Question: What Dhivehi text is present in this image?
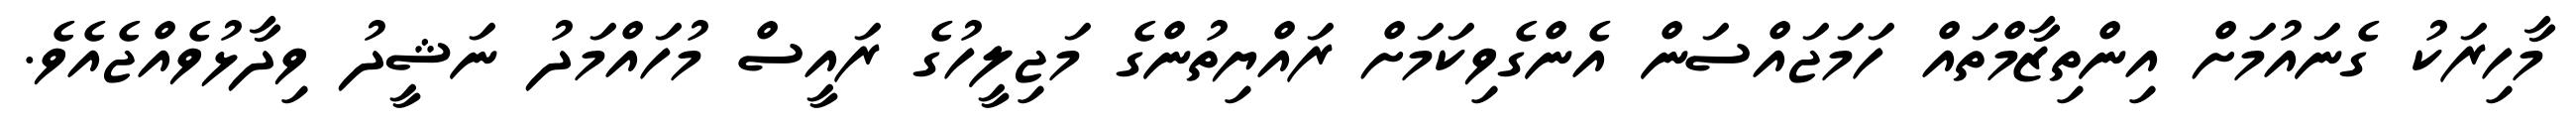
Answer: މާހިރަކު ގެނައުމަށް އިންތިޒާމްތައް ހަމަޖައްސަން އެންގެވިކަމަށް ރައްޔިތުންގެ މަޖިލީހުގެ ރައީސް މުހައްމަދު ނަޝީދު ވިދާޅުވެއްޖެއެވެ.